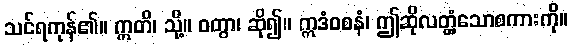
သင်ရကုန်၏။ ဣတိ၊ သို့။ ဝတွာ၊ ဆို၍။ ဣဒံဝစနံ၊ ဤဆိုလတ္တံ့သောစကားကို။